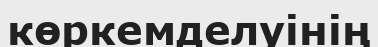
көркемделуінің